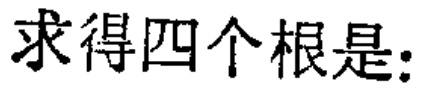
求得四个根是: